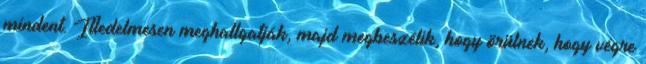
mindent. Illedelmesen meghallgatják, majd megbeszélik, hogy örülnek, hogy végre